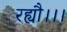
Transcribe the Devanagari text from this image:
रह्यौ।।।